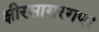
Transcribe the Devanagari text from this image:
क्षीरसागरगए।